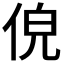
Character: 𬾐